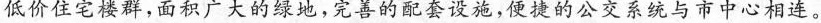
低价住宅楼群，面积广大的绿地，完善的配套设施，便捷的公交系统与市中心相连。